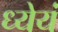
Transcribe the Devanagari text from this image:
ध्येयं